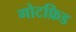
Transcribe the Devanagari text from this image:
गोटफ्रिड